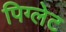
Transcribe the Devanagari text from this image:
पिग्लेट